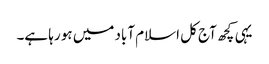
یہی کچھ آج کل اسلام آباد میں ہو رہا ہے۔